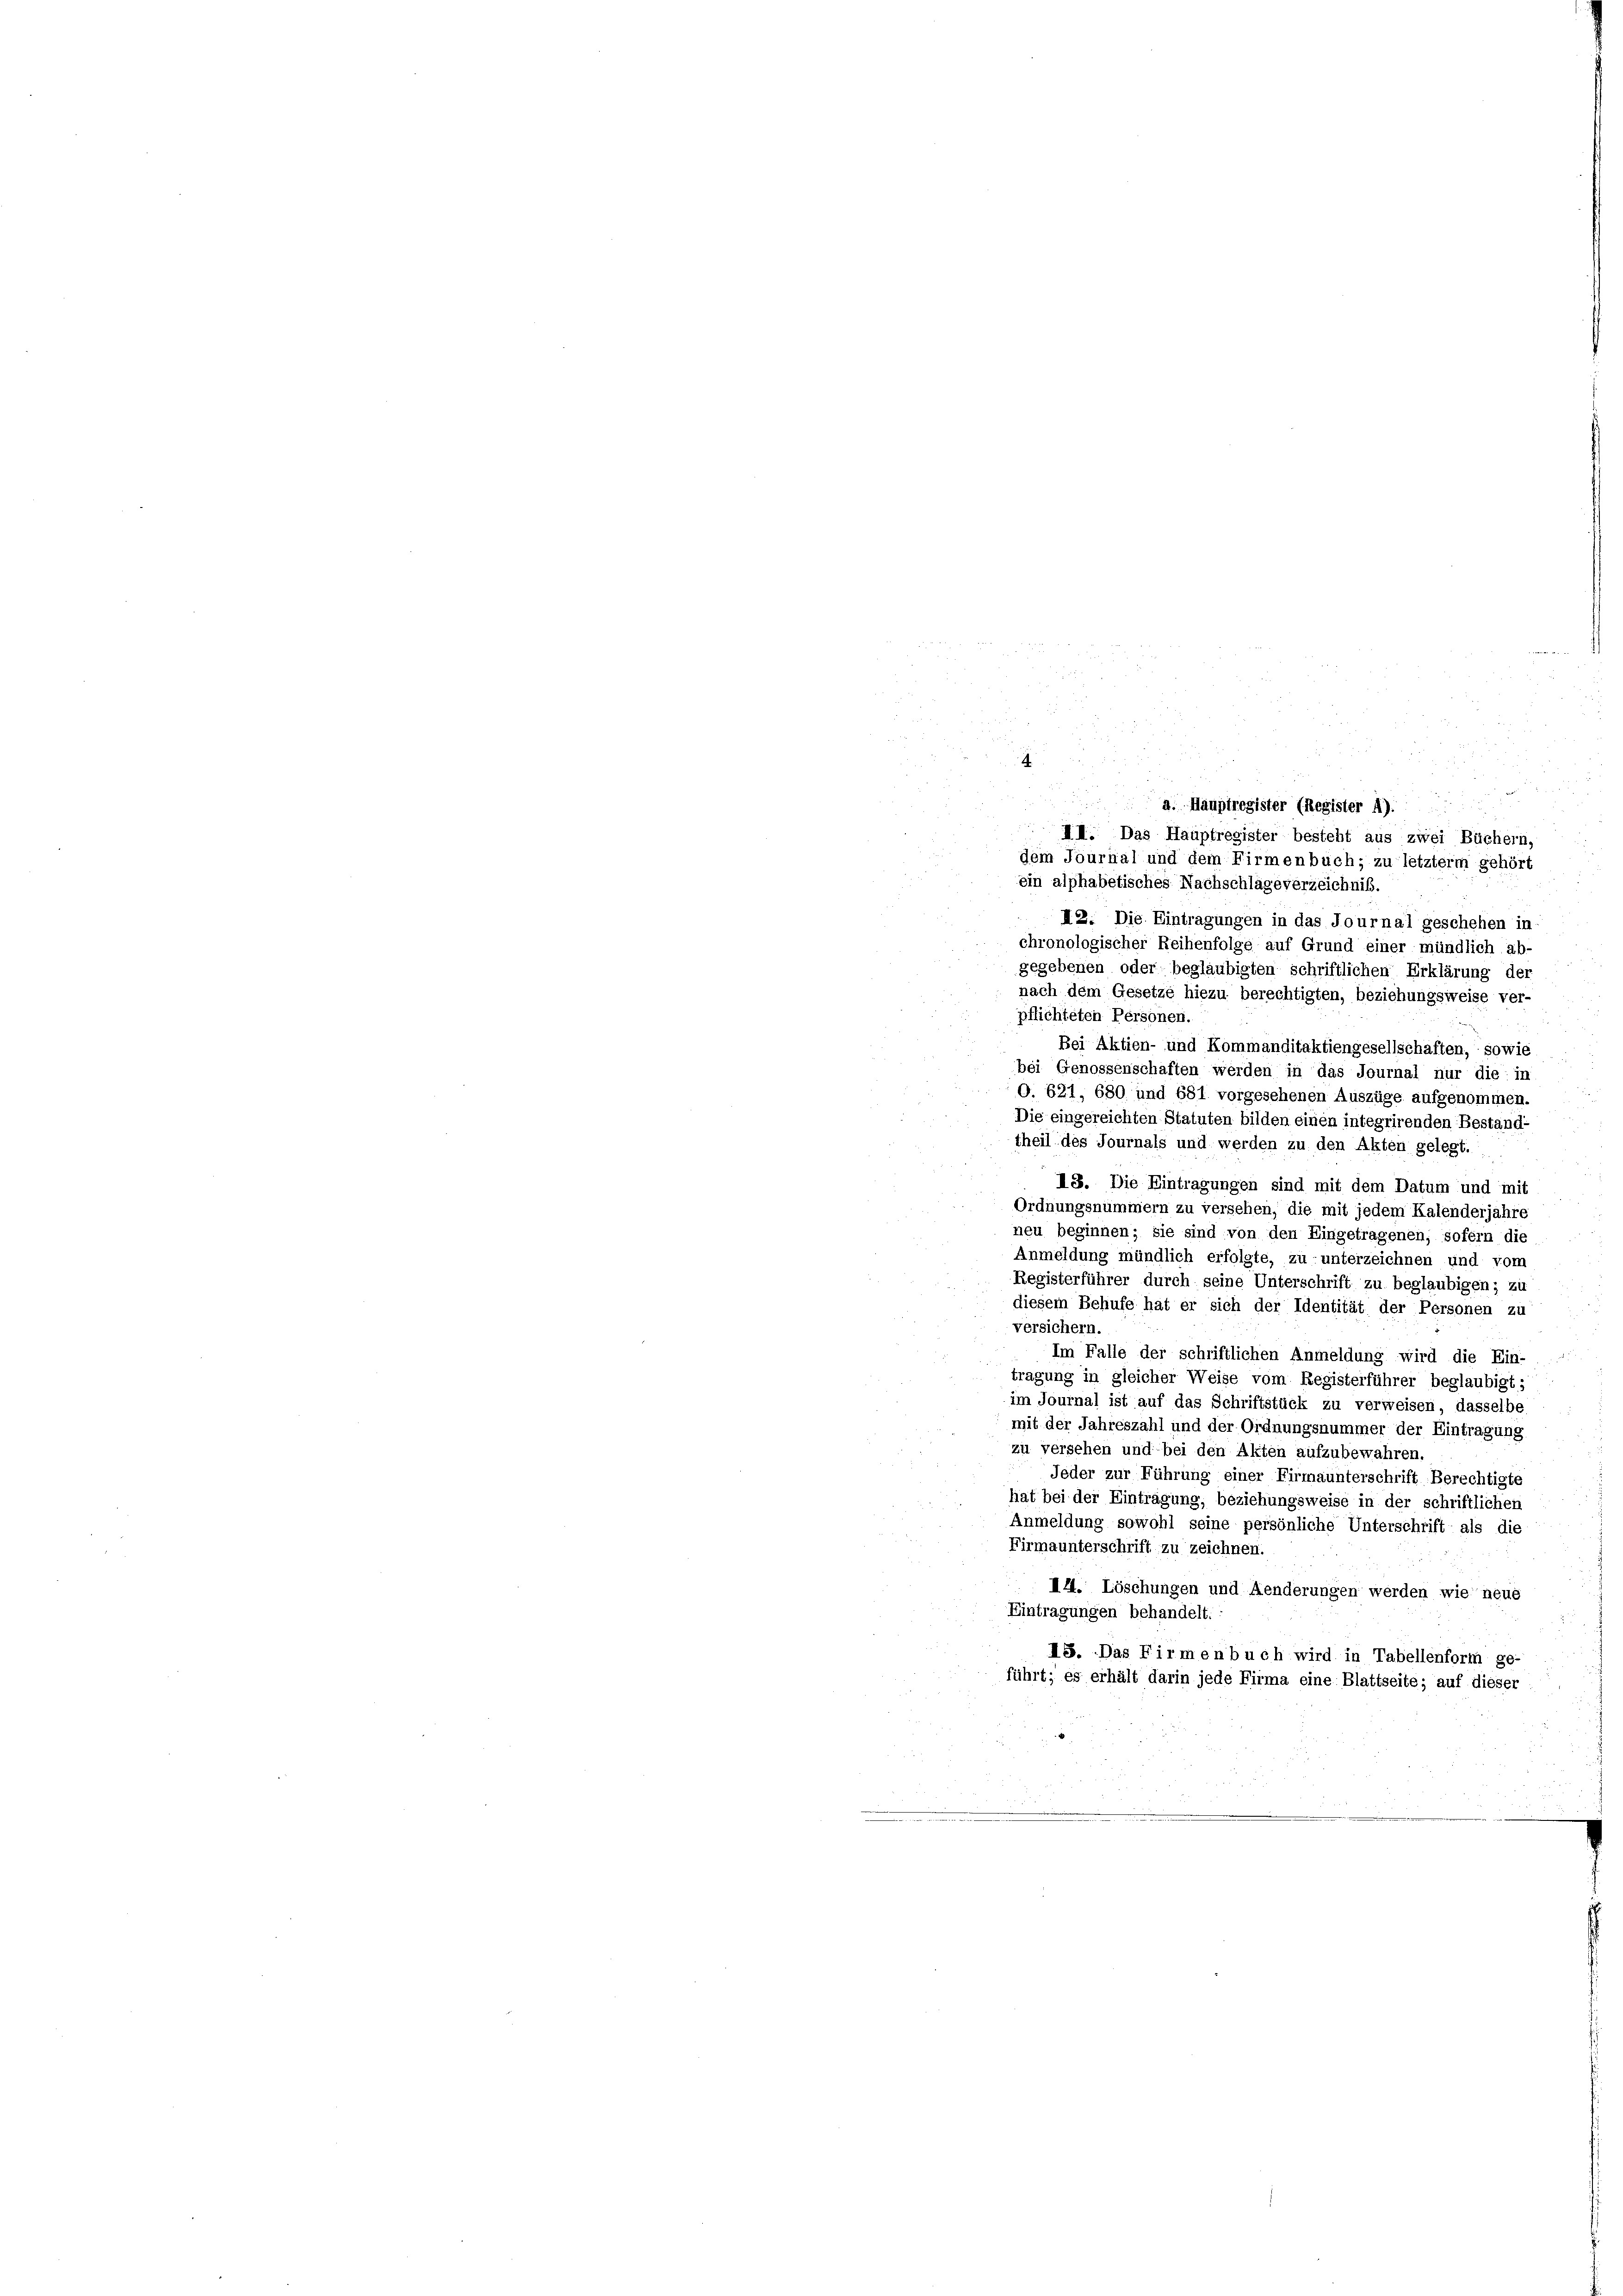
a. Hauptregister (Register 4).
u
III. Das Hauptregister besteht aus zwei Büchern,
dem Journal und dem Firmenbuch; zu letzterm gehört
ein alphabetisches Nachschläge verzeichnis.
II2. Die Eintragungen in das Journal geschehen in
chronologischer Reihenfolge auf Grund einer mündlich ab-
gegebenen oder beglaubigten schriftlichen Erklärung der
nach dem Gesetze hiezu berechtigten, beziehungsweise ver-
pflichteten Personen.
Bei Aktien- und Kommanditaktiengesellschaften, sowie
bei Genossenschaften werden in das Journal nur die in
O. 621, 680 und 681 vorgesehenen Auszüge aufgenommen.
Die eingereichten Statuten bilden einen integrirenden Bestand-
theil des Journals und werden zu den Akten gelegt. .
IS. Die Eintragungen sind mit dem Datum und mit
Ordnungsnummern zu versehen, die mit jedem Kalenderjahre
neu beginnen; sie sind von den Eingetragenen, sofern die
Anmeldung mündlich erfolgte, zu unterzeichnen und vom
Registerführer durch seine Unterschrift zu beglaubigen; zu
diesem Behufe hat er sich der Identität der Personen zu
versichern
Im Falle der schriftlichen Anmeldung wird die Ein-
tragung in gleicher Weise vom Registerführer beglaubigt;
im Journal ist auf das Schriftstück zu verweisen, dasselbe
mit der Jahreszahl und der Ordnungsnummer der Eintragung
zu versehen und bei den Akten aufzubewahren,
Jeder zur Führung einer Firmaunterschrift Berechtigte
hat bei der Einträgung, beziehungsweise in der schriftlichen
Anmeldung sowohl seine persönliche Unterschrift als die
Firmaunterschrift zu zeichnen.
14. Löschungen und Aenderungen werden wie neue
Eintragungen behandelt.
IS. Das Firmenbuch wird in Tabellenform ge-
führt; es erhält darin jede Firma eine Blattseite; auf dieser